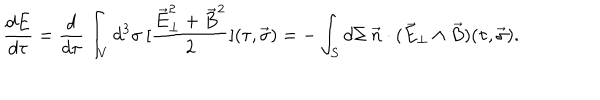
LaTeX: \frac { d E } { d \tau } = \frac { d } { d \tau } \int _ { V } d ^ { 3 } \sigma \: [ \frac { \vec { E } _ { \perp } ^ { 2 } + \vec { B } ^ { 2 } } { 2 } ] ( \tau , \vec { \sigma } ) = - \int _ { S } d \Sigma \: \vec { n } \cdot ( \vec { E } _ { \perp } \wedge \vec { B } ) ( \tau , \vec { \sigma } ) .